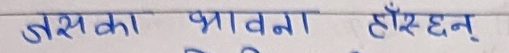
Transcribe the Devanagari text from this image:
जसका भावना हाँस्छन्